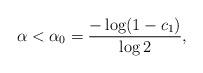
LaTeX: \begin{align*}\alpha<\alpha_{0}=\frac{-\log(1-c_{1})}{\log2},\end{align*}